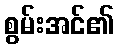
စွမ်းအင်၏